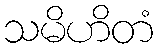
သမိဟိတံ